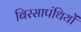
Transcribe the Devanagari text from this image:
बिरसापंथियों